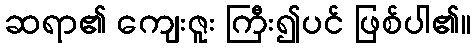
ဆရာ၏ ကျေးဇူး ကြီး၍ပင် ဖြစ်ပါ၏။